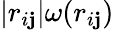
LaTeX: |r_{i\mathbf{j}}|\omega(r_{i\mathbf{j}})